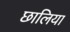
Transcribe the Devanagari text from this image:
छालिया